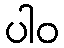
ပါဝ